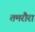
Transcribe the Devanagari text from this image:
तमरौरा